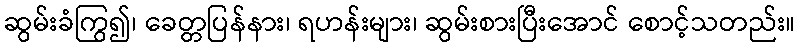
ဆွမ်းခံကြွ၍၊ ခေတ္တပြန်နား၊ ရဟန်းများ၊ ဆွမ်းစားပြီးအောင် စောင့်သတည်း။